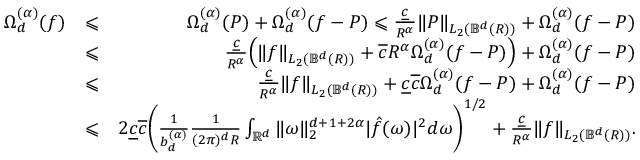
\begin{array} { r l r } { \Omega _ { d } ^ { ( \alpha ) } ( f ) } & { \leqslant } & { \Omega _ { d } ^ { ( \alpha ) } ( P ) + \Omega _ { d } ^ { ( \alpha ) } ( f - P ) \leqslant \frac { \underline { { c } } } { R ^ { \alpha } } \| P \| _ { L _ { 2 } ( { \mathbb B } ^ { d } ( R ) ) } + \Omega _ { d } ^ { ( \alpha ) } ( f - P ) } \\ & { \leqslant } & { \frac { \underline { { c } } } { R ^ { \alpha } } \Big ( \| f \| _ { L _ { 2 } ( { \mathbb B } ^ { d } ( R ) ) } + \overline { { c } } R ^ { \alpha } \Omega _ { d } ^ { ( \alpha ) } ( f - P ) \Big ) + \Omega _ { d } ^ { ( \alpha ) } ( f - P ) } \\ & { \leqslant } & { \frac { \underline { { c } } } { R ^ { \alpha } } \| f \| _ { L _ { 2 } ( { \mathbb B } ^ { d } ( R ) ) } + \underline { { c } } \overline { { c } } \Omega _ { d } ^ { ( \alpha ) } ( f - P ) + \Omega _ { d } ^ { ( \alpha ) } ( f - P ) } \\ & { \leqslant } & { 2 \underline { { c } } \overline { { c } } \bigg ( \frac { 1 } { b _ { d } ^ { ( \alpha ) } } \frac { 1 } { ( 2 \pi ) ^ { d } R } \int _ { \mathbb { { R } } ^ { d } } \| \omega \| _ { 2 } ^ { d + 1 + 2 \alpha } | \hat { f } ( \omega ) | ^ { 2 } d \omega \bigg ) ^ { 1 / 2 } + \frac { \underline { { c } } } { R ^ { \alpha } } \| f \| _ { L _ { 2 } ( { \mathbb B } ^ { d } ( R ) ) } . } \end{array}